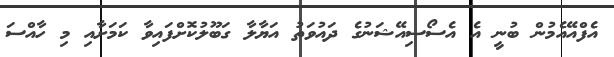
އެފްއޭއެމުން ބުނީ އެ އެސޯސިއޭޝަނުގެ ދައުވަތު އަޔާލާ ގަބޫލުކޮށްފައިވާ ކަމަށާއި މި ހާއްސަ